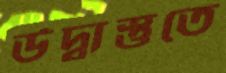
উদ্বাস্তুতে